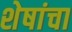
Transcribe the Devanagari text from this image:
शेषांचा